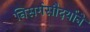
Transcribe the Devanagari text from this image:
निसर्गसौदर्याने